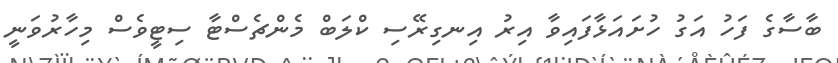
ބާސާގެ ފަހު އަގު ހުށައަޅާފައިވާ އިރު އިނގިރޭސި ކްލަބް މެންޗެސްޓާ ސިޓީވެސް މިހާރުވަނީ